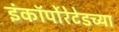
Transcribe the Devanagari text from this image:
इंकॉर्पोरेटेडच्या